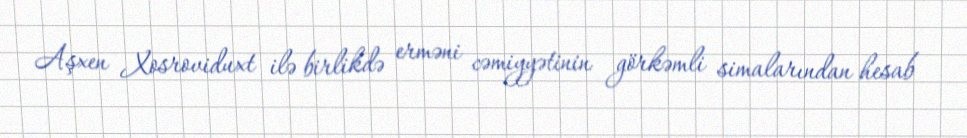
Aşxen Xosroviduxt ilə birlikdə erməni cəmiyyətinin görkəmli simalarından hesab